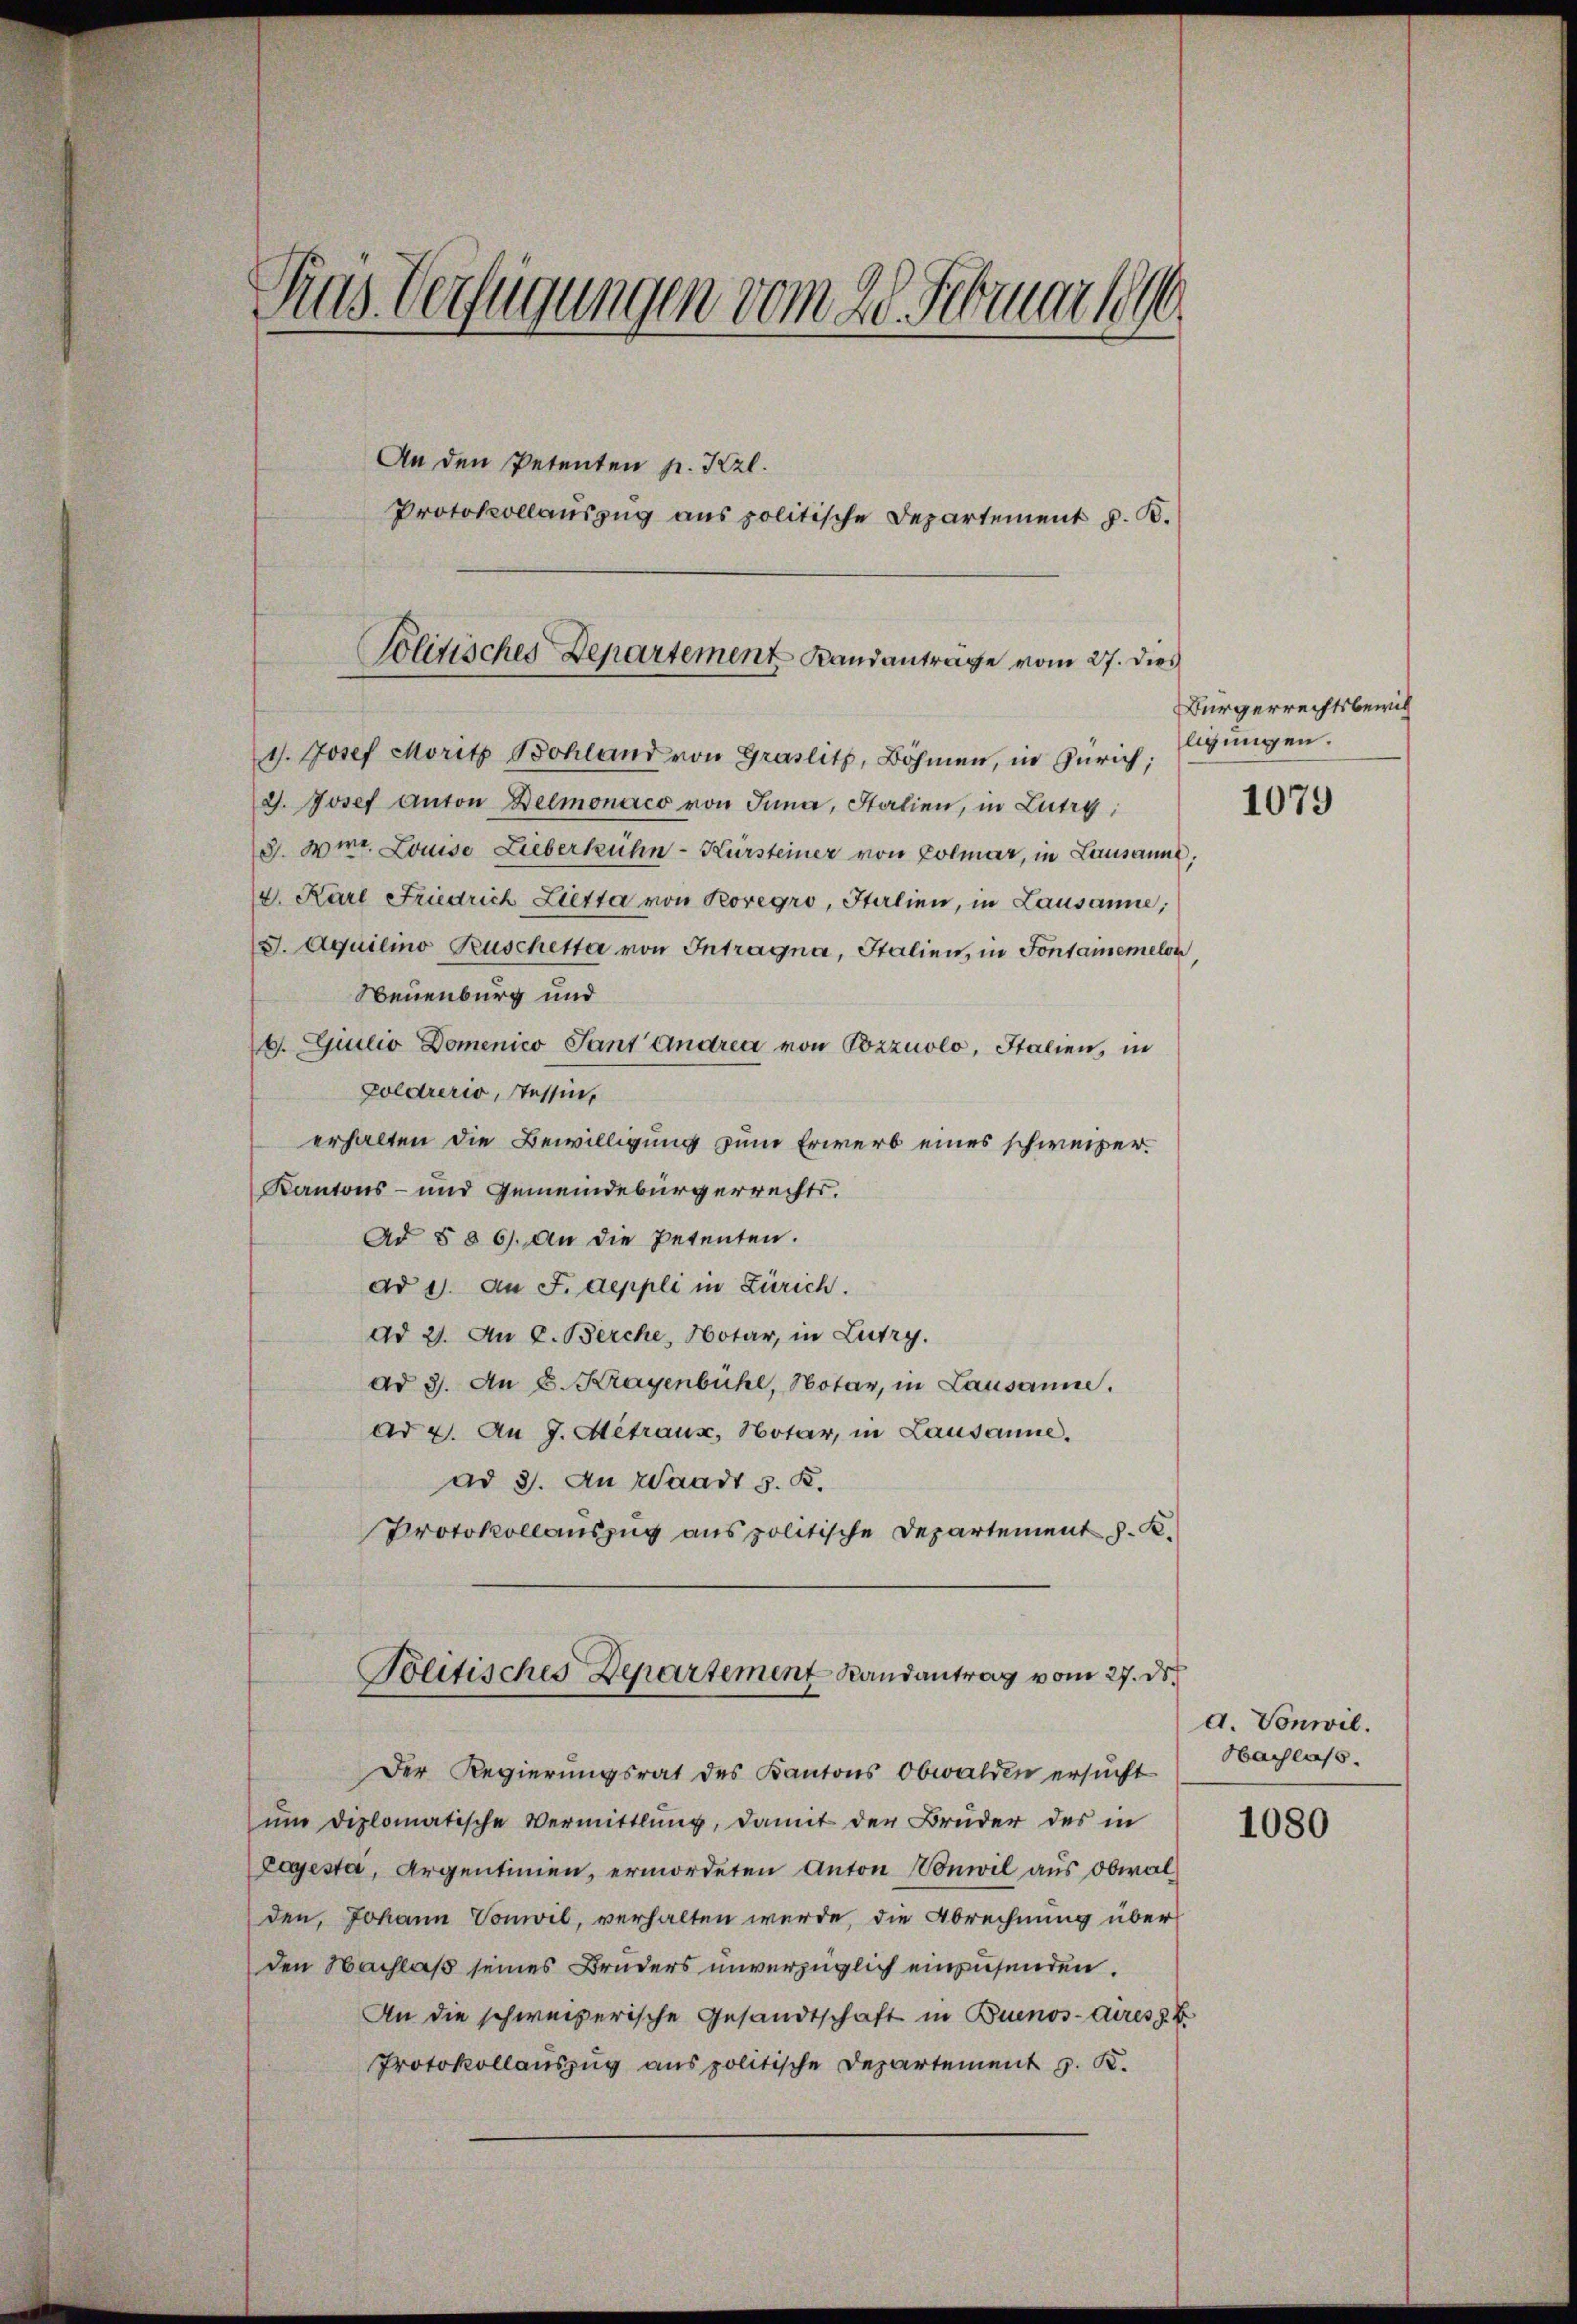
Rus Verfügungen vom 20. Februar let

An den Petenten p. Kzl.

Protokollauszug aus politische Departement z. B.

Politisches Departement Bandantrage vom 27. dies

11. Josef Moritz Bohland von Graslitz, Böhmen, in Zürich;
J. Josef Anton Delmonaco von Inna, Stalien, in Lutry,
3. Wirr. Louise Lieberkühn-Kürsteiner von Colmar, in Lausanne,
4. Karl Friedrich Lietta von Koregro, Italien, in Lausanne,
J. Aquilino Kuschetta von Intragna, Italien, in Fontainemelon,
Neuenburg und
b. Giulio Domenico Pant Andren von Pozzuolo, Italien, in
Zoldrerio, Tessin,
erhalten die Bewilligung zum Erwerb eines schweizer¬
Kantons- und Gemeindebürgerrechts.
Ad § 86). An die Petenten.
ad 1. An F. Aeppli in Zürich.
dd 21. Au 2. Berche Notar, in Lutry.
dd 3. An 2. Krayenbühl, Notar, in Lausanne.
ad 2. An J. Metraux, Notar, in Lausanne.
ad 3. An Waadt S. K.
Protokollauszug aus politische Departement J. K.
Politisches Departement Randantrag vom 27. ds.
Der Regierungsrat des Kantons Obwalden ersucht
ŭm diplomatische Vermittlung, damit der Brüder des in
Lajesta, Argentinien, ermordeten Anton Vonwil aus Obwalden, Johann Vonwil, verhalten werde, die Abrechnung über
den Nachlaß seines Bruders unverzüglich einzusenden.
An die schweizerische Gesandtschaft in Buenos-Ayres z. B.
Protokollauszug aus politische Departement z. K.

Bürgerrechtsbewill
ligungen.

1079

d. Vonwil.
Nachlass.

1080